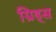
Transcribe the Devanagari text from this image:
ग्रिड्स